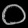
Digit: ၀